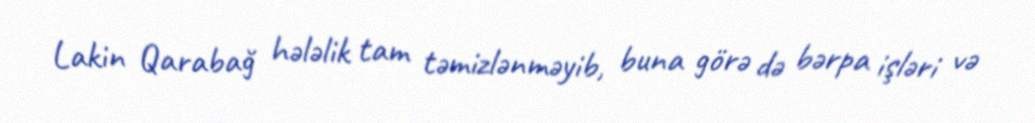
Lakin Qarabağ hələlik tam təmizlənməyib, buna görə də bərpa işləri və